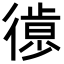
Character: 𢕱